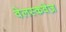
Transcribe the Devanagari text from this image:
वेलस्कवेज़